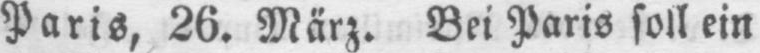
Paris, 26. März. Bei Paris soll ein